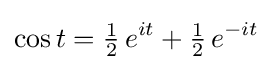
\cos t={\tfrac {1}{2}}\,e^{it}+{\tfrac {1}{2}}\,e^{-it}